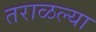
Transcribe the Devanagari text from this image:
तराळल्या